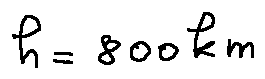
h = 8 0 0 k m